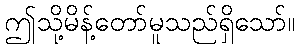
ဤသို့မိန့်တော်မူသည်ရှိသော်။